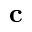
\mathbf { c }